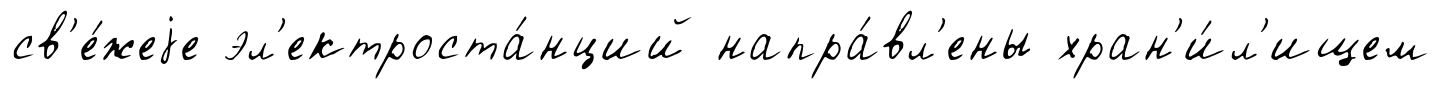
св'е́жеjе эл'ектроста́нций напра́вл'ены хран'и́л'ищем